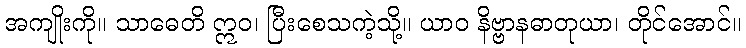
အကျိုးကို။ သာဓေတိ ဣဝ၊ ပြီးစေသကဲ့သို့။ ယာဝ နိဗ္ဗာနဓာတုယာ၊ တိုင်အောင်။